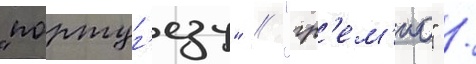
"португ'езу" / "гр'ем'ио" /